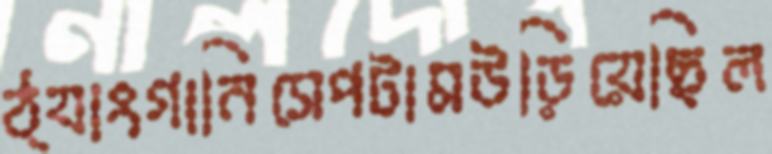
ঠ্যাংগানিসেপটামউড়িয়েছিল